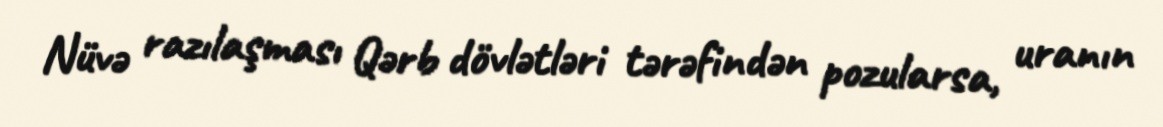
Nüvə razılaşması Qərb dövlətləri tərəfindən pozularsa, uranın